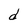
Character: d